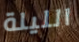
الليلة